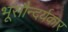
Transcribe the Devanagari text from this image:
भूसौन्दर्यकार